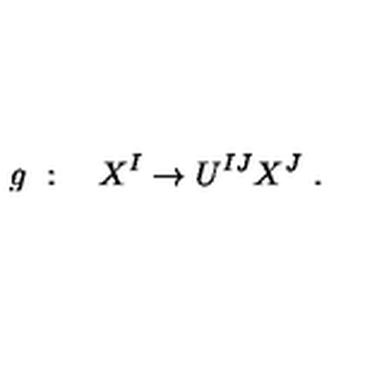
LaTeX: g \ : \quad X ^ { I } \rightarrow U ^ { I J } X ^ { J } \ .